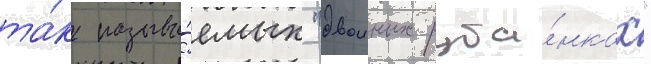
та́к называ́емых "двоиных руба́нках"